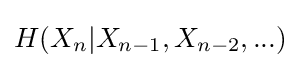
H(X_{n}|X_{n-1},X_{n-2},...)